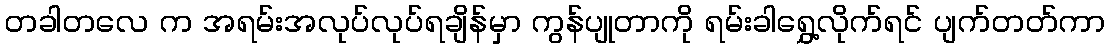
တခါတလေ က အရမ်းအလုပ်လုပ်ရချိန်မှာ ကွန်ပျုတာကို ရမ်းခါရွှေ့လိုက်ရင် ပျက်တတ်ကာ